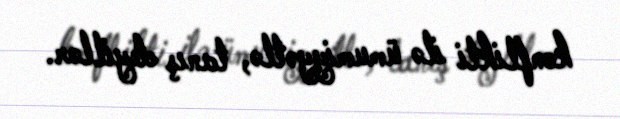
konflikti ilə ümumiyyətlə, tanış deyillər.